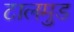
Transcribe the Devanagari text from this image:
टालमुड